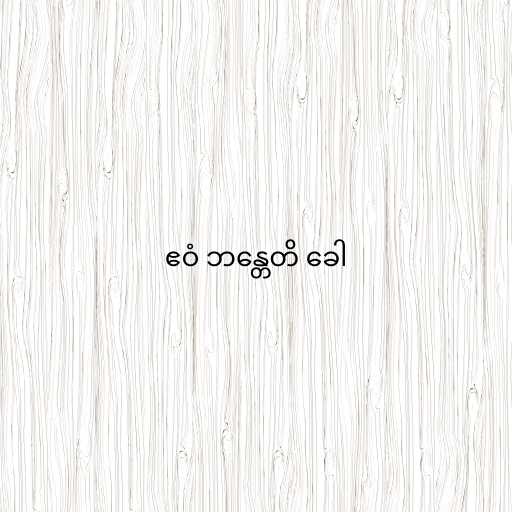
ဧဝံ ဘန္တေတိ ခေါ